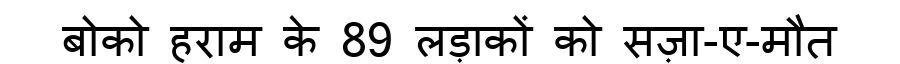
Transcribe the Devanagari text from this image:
बोको हराम के 89 लड़ाकों को सज़ा-ए-मौत